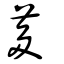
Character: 茤